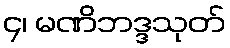
၄၊ မဏိဘဒ္ဒသုတ်